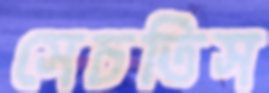
সেচতিস